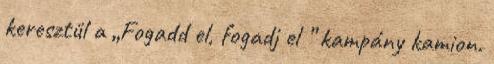
keresztül a „Fogadd el, fogadj el ” kampány kamion.